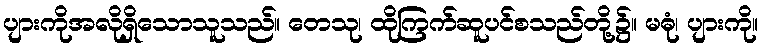
ပျားကိုအလိုရှိသောသူသည်။ တေသု၊ ထိုကြက်ဆူပင်စသည်တို့၌။ မဓုံ၊ ပျားကို။